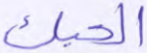
الحبك